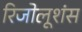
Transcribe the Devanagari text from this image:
रिजोलूशंस